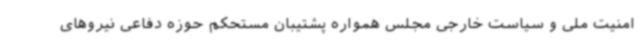
امنیت ملی و سیاست خارجی مجلس همواره پشتیبان مستحکم حوزه دفاعی نیروهای